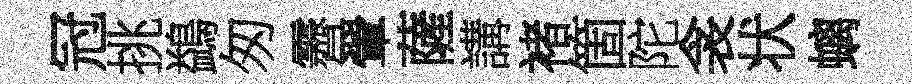
冠挑鷁匆霽翬薩講褚箇陀衾状螭